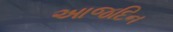
આજદિન